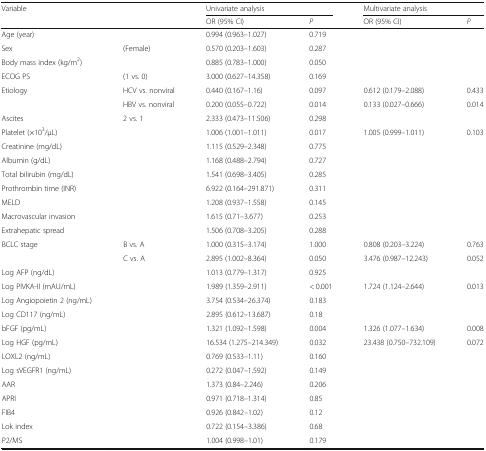
<table><thead><tr><td rowspan="2"><b>Variable</b></td><td></td><td colspan="2"><b>Univariate analysis</b></td><td colspan="2"><b>Multivariate analysis</b></td></tr><tr><td></td><td><b>OR (95% CI)</b></td><td><b><i>P</i></b></td><td><b>OR (95% CI)</b></td><td><b><i>P</i></b></td></tr></thead><tbody><tr><td>Age (year)</td><td></td><td>0.994 (0.963–1.027)</td><td>0.719</td><td></td><td></td></tr><tr><td>Sex</td><td>(Female)</td><td>0.570 (0.203–1.603)</td><td>0.287</td><td></td><td></td></tr><tr><td>Body mass index (kg/m<sup>2</sup>)</td><td></td><td>0.885 (0.783–1.000)</td><td>0.050</td><td></td><td></td></tr><tr><td>ECOG PS</td><td>(1 vs. 0)</td><td>3.000 (0.627–14.358)</td><td>0.169</td><td></td><td></td></tr><tr><td>Etiology</td><td>HCV vs. nonviral</td><td>0.440 (0.167–1.16)</td><td>0.097</td><td>0.612 (0.179–2.088)</td><td>0.433</td></tr><tr><td></td><td>HBV vs. nonviral</td><td>0.200 (0.055–0.722)</td><td>0.014</td><td>0.133 (0.027–0.666)</td><td>0.014</td></tr><tr><td>Ascites</td><td>2 vs. 1</td><td>2.333 (0.473–11.506)</td><td>0.298</td><td></td><td></td></tr><tr><td>Platelet (×10<sup>3</sup>/μL)</td><td></td><td>1.006 (1.001–1.011)</td><td>0.017</td><td>1.005 (0.999–1.011)</td><td>0.103</td></tr><tr><td>Creatinine (mg/dL)</td><td></td><td>1.115 (0.529–2.348)</td><td>0.775</td><td></td><td></td></tr><tr><td>Albumin (g/dL)</td><td></td><td>1.168 (0.488–2.794)</td><td>0.727</td><td></td><td></td></tr><tr><td>Total bilirubin (mg/dL)</td><td></td><td>1.541 (0.698–3.405)</td><td>0.285</td><td></td><td></td></tr><tr><td>Prothrombin time (INR)</td><td></td><td>6.922 (0.164–291.871)</td><td>0.311</td><td></td><td></td></tr><tr><td>MELD</td><td></td><td>1.208 (0.937–1.558)</td><td>0.145</td><td></td><td></td></tr><tr><td>Macrovascular invasion</td><td></td><td>1.615 (0.71–3.677)</td><td>0.253</td><td></td><td></td></tr><tr><td>Extrahepatic spread</td><td></td><td>1.506 (0.708–3.205)</td><td>0.288</td><td></td><td></td></tr><tr><td>BCLC stage</td><td>B vs. A</td><td>1.000 (0.315–3.174)</td><td>1.000</td><td>0.808 (0.203–3.224)</td><td>0.763</td></tr><tr><td></td><td>C vs. A</td><td>2.895 (1.002–8.364)</td><td>0.050</td><td>3.476 (0.987–12.243)</td><td>0.052</td></tr><tr><td>Log AFP (ng/dL)</td><td></td><td>1.013 (0.779–1.317)</td><td>0.925</td><td></td><td></td></tr><tr><td>Log PIVKA-II (mAU/mL)</td><td></td><td>1.989 (1.359–2.911)</td><td>&lt; 0.001</td><td>1.724 (1.124–2.644)</td><td>0.013</td></tr><tr><td>Log Angiopoietin 2 (ng/mL)</td><td></td><td>3.754 (0.534–26.374)</td><td>0.183</td><td></td><td></td></tr><tr><td>Log CD117 (ng/mL)</td><td></td><td>2.895 (0.612–13.687)</td><td>0.18</td><td></td><td></td></tr><tr><td>bFGF (pg/mL)</td><td></td><td>1.321 (1.092–1.598)</td><td>0.004</td><td>1.326 (1.077–1.634)</td><td>0.008</td></tr><tr><td>Log HGF (pg/mL)</td><td></td><td>16.534 (1.275–214.349)</td><td>0.032</td><td>23.438 (0.750–732.109)</td><td>0.072</td></tr><tr><td>LOXL2 (ng/mL)</td><td></td><td>0.769 (0.533–1.11)</td><td>0.160</td><td></td><td></td></tr><tr><td>Log sVEGFR1 (ng/mL)</td><td></td><td>0.272 (0.047–1.592)</td><td>0.149</td><td></td><td></td></tr><tr><td>AAR</td><td></td><td>1.373 (0.84–2.246)</td><td>0.206</td><td></td><td></td></tr><tr><td>APRI</td><td></td><td>0.971 (0.718–1.314)</td><td>0.85</td><td></td><td></td></tr><tr><td>FIB4</td><td></td><td>0.926 (0.842–1.02)</td><td>0.12</td><td></td><td></td></tr><tr><td>Lok index</td><td></td><td>0.722 (0.154–3.386)</td><td>0.68</td><td></td><td></td></tr><tr><td>P2/MS</td><td></td><td>1.004 (0.998–1.01)</td><td>0.179</td><td></td><td></td></tr></tbody></table>